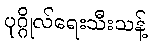
ပုဂ္ဂိုလ်ရေးသီးသန့်